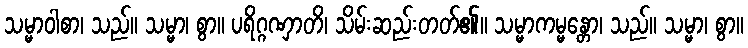
သမ္မာဝါစာ၊ သည်။ သမ္မာ၊ စွာ။ ပရိဂ္ဂဏှာတိ၊ သိမ်းဆည်းတတ်၏။ သမ္မာကမ္မန္တော၊ သည်။ သမ္မာ၊ စွာ။